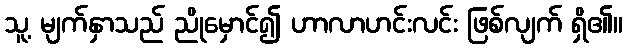
သူ့ မျက်နှာသည် ညိုမှောင်၍ ဟာလာဟင်းလင်း ဖြစ်လျက် ရှိ၏။